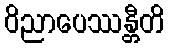
ဝိညာပေဿန္တီတိ